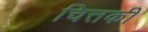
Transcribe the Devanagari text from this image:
चित्तकी